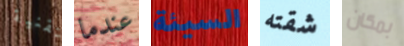
تقنية عندما السيئة شقته بمكان